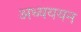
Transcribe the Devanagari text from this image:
अध्यययन